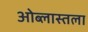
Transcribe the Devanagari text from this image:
ओब्लास्तला